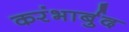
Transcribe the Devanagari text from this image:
करंभार्बुद